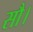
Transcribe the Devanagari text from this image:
सौ।